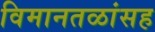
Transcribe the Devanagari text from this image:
विमानतळांसह